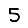
Digit: 5